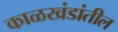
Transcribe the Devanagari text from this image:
काळखंडांतील